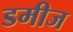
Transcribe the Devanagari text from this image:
डमीज